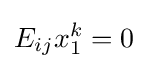
E_{ij}x_{1}^{k}=0